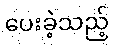
ပေးခဲ့သည့်